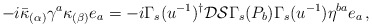
\begin{align*}-i\bar{\kappa}_{(\alpha)}\gamma^{a}\kappa_{(\beta)}e_{a} = -i\Gamma_{s}(u^{-1})^{\dagger}\mathcal{D}\mathcal{S}\Gamma_{s}(P_{b})\Gamma_{s}(u^{-1})\eta^{ba}e_{a}\, ,\end{align*}